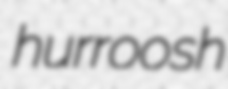
hurroosh